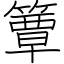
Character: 簟